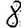
Digit: 8